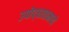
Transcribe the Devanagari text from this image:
उपोद्‌घातामध्ये